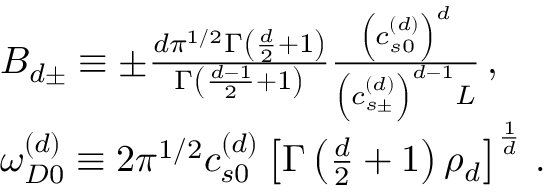
\begin{array} { r l } & { B _ { d \pm } \equiv \pm \frac { d \pi ^ { 1 / 2 } \Gamma \left( \frac { d } { 2 } + 1 \right) } { \Gamma \left( \frac { d - 1 } { 2 } + 1 \right) } \frac { \left( c _ { s 0 } ^ { \left( d \right) } \right) ^ { d } } { \left( c _ { s \pm } ^ { \left( d \right) } \right) ^ { d - 1 } L } \, , } \\ & { \omega _ { D 0 } ^ { \left( d \right) } \equiv 2 \pi ^ { 1 / 2 } c _ { s 0 } ^ { \left( d \right) } \left[ \Gamma \left( \frac { d } { 2 } + 1 \right) \rho _ { d } \right] ^ { \frac { 1 } { d } } \, . } \end{array}